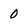
Character: 0